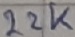
Text: 22K